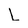
Character: L